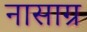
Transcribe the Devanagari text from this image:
नासाग्र